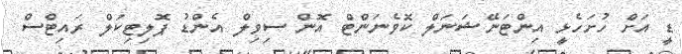
ޑީ އަށް ހުށަހެޅީ އިންޓަނޭޝަނަލް ކޮވެނަންޓް އޮން ސިވިލް އެންޑު ޕޮލިޓިކަލް ރައިޓްސް